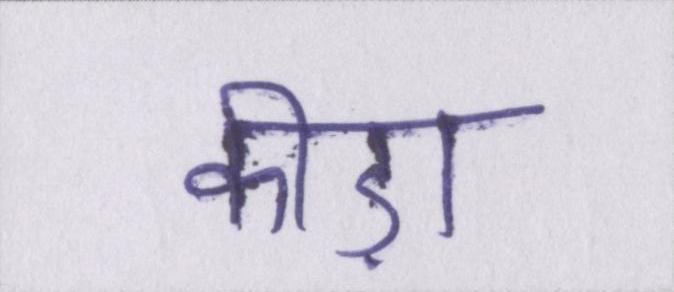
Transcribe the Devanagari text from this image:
कीड़ा